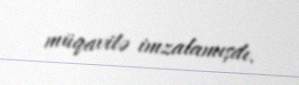
müqavilə imzalamışdı.